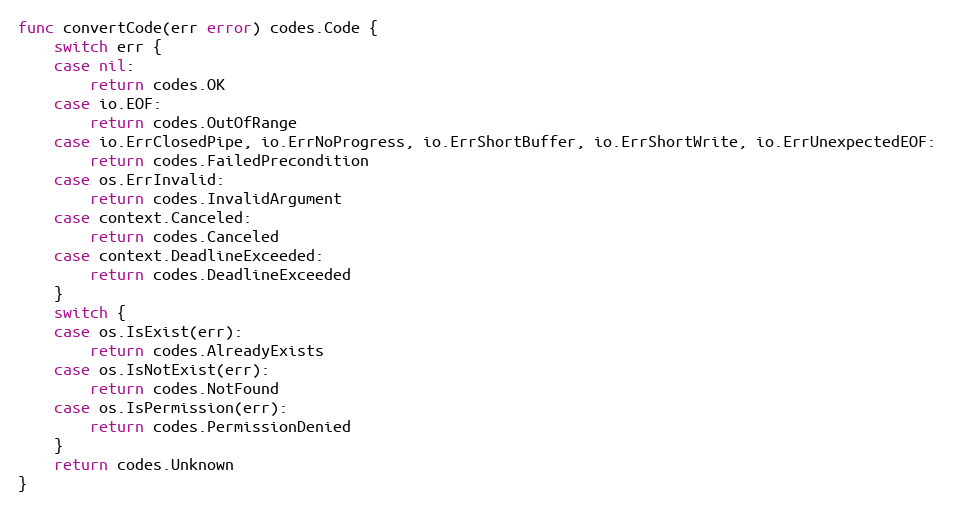
Language: Go
func convertCode(err error) codes.Code {
	switch err {
	case nil:
		return codes.OK
	case io.EOF:
		return codes.OutOfRange
	case io.ErrClosedPipe, io.ErrNoProgress, io.ErrShortBuffer, io.ErrShortWrite, io.ErrUnexpectedEOF:
		return codes.FailedPrecondition
	case os.ErrInvalid:
		return codes.InvalidArgument
	case context.Canceled:
		return codes.Canceled
	case context.DeadlineExceeded:
		return codes.DeadlineExceeded
	}
	switch {
	case os.IsExist(err):
		return codes.AlreadyExists
	case os.IsNotExist(err):
		return codes.NotFound
	case os.IsPermission(err):
		return codes.PermissionDenied
	}
	return codes.Unknown
}